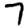
Digit: 7